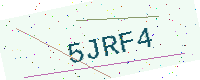
Text: 5JRF4